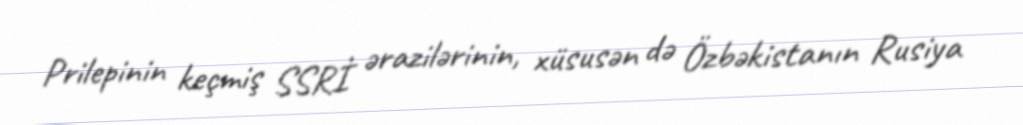
Prilepinin keçmiş SSRİ ərazilərinin, xüsusən də Özbəkistanın Rusiya